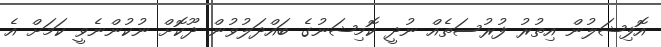
އޮފިޝަލުން އިތުރު ފުރުސަތެއް ނުދީ ކޮމިޝަނުގެ ބައްދަލުވުން ދޫކޮށް ނުކުންނެވީ ކަމަށް އެ